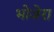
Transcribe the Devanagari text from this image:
भोजेरा